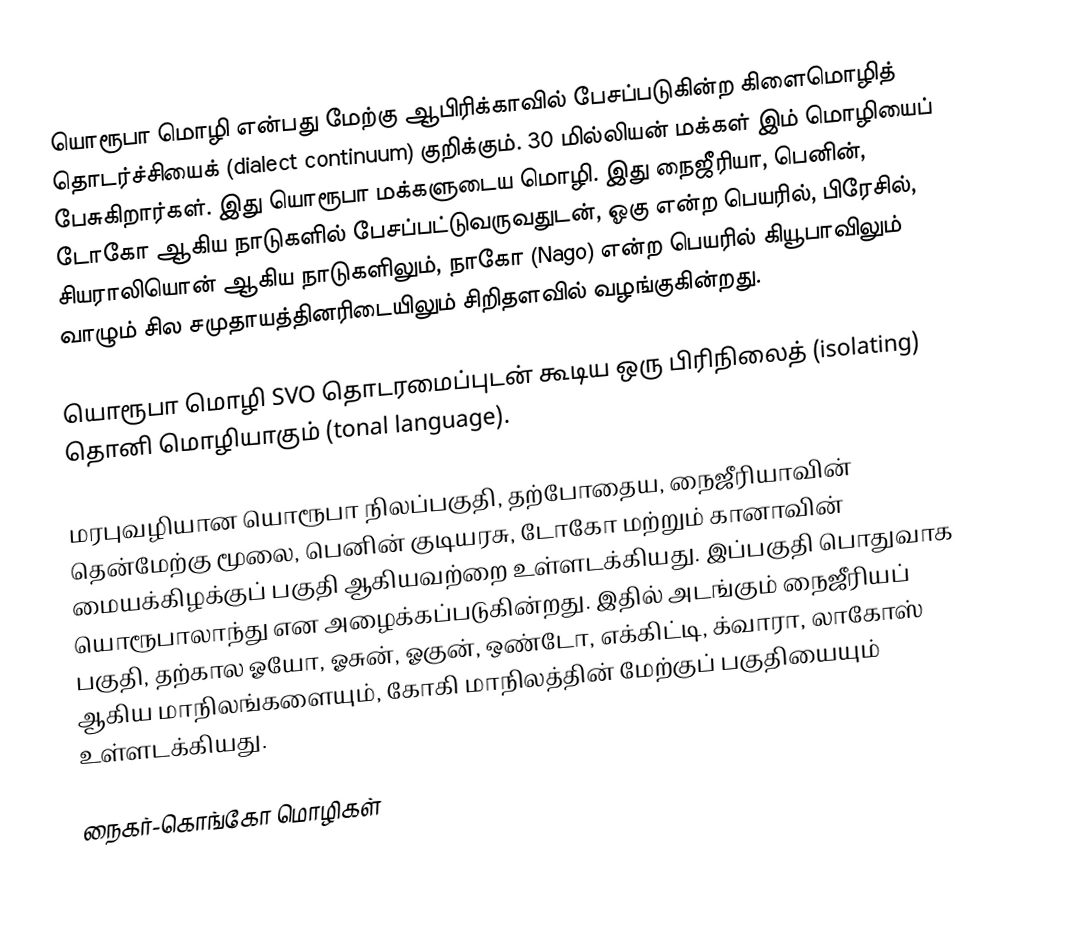
யொரூபா மொழி என்பது மேற்கு ஆபிரிக்காவில் பேசப்படுகின்ற கிளைமொழித் தொடர்ச்சியைக் (dialect continuum) குறிக்கும். 30 மில்லியன் மக்கள் இம் மொழியைப் பேசுகிறார்கள். இது யொரூபா மக்களுடைய மொழி. இது நைஜீரியா, பெனின், டோகோ ஆகிய நாடுகளில் பேசப்பட்டுவருவதுடன், ஓகு என்ற பெயரில், பிரேசில், சியராலியொன் ஆகிய நாடுகளிலும், நாகோ (Nago) என்ற பெயரில் கியூபாவிலும் வாழும் சில சமுதாயத்தினரிடையிலும் சிறிதளவில் வழங்குகின்றது.

யொரூபா மொழி SVO தொடரமைப்புடன் கூடிய ஒரு பிரிநிலைத் (isolating) தொனி மொழியாகும் (tonal language).

மரபுவழியான யொரூபா நிலப்பகுதி, தற்போதைய, நைஜீரியாவின் தென்மேற்கு மூலை, பெனின் குடியரசு, டோகோ மற்றும் கானாவின் மையக்கிழக்குப் பகுதி ஆகியவற்றை உள்ளடக்கியது. இப்பகுதி பொதுவாக யொரூபாலாந்து என அழைக்கப்படுகின்றது. இதில் அடங்கும் நைஜீரியப் பகுதி, தற்கால ஓயோ, ஓசுன், ஓகுன், ஒண்டோ, எக்கிட்டி, க்வாரா, லாகோஸ் ஆகிய மாநிலங்களையும், கோகி மாநிலத்தின் மேற்குப் பகுதியையும் உள்ளடக்கியது.

நைகர்-கொங்கோ மொழிகள்